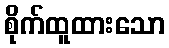
စိုက်ထူထားသော